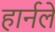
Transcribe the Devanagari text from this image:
हार्नले